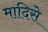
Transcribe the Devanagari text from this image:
मादिसे